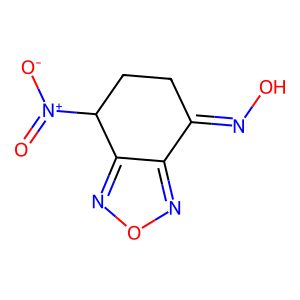
SMILES: O=[N+]([O-])C1CCC(=NO)c2nonc21
Inhibits HIV replication: No